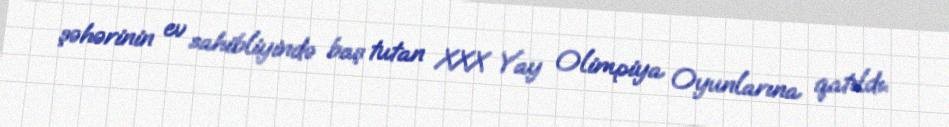
şəhərinin ev sahibliyində baş tutan XXX Yay Olimpiya Oyunlarına qatıldı.